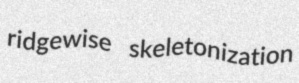
ridgewise skeletonization